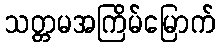
သတ္တမအကြိမ်မြောက်